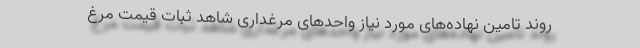
روند تامین نهاده‌های مورد نیاز واحدهای مرغداری شاهد ثبات قیمت مرغ